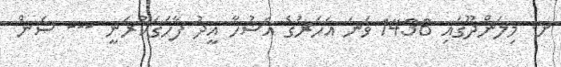
ށ. މިލަންދޫގައި 1436 ވަނަ އަހަރުގެ އަޟުހާ އީދު ފާހަގަކުރަނީ --- ސަން